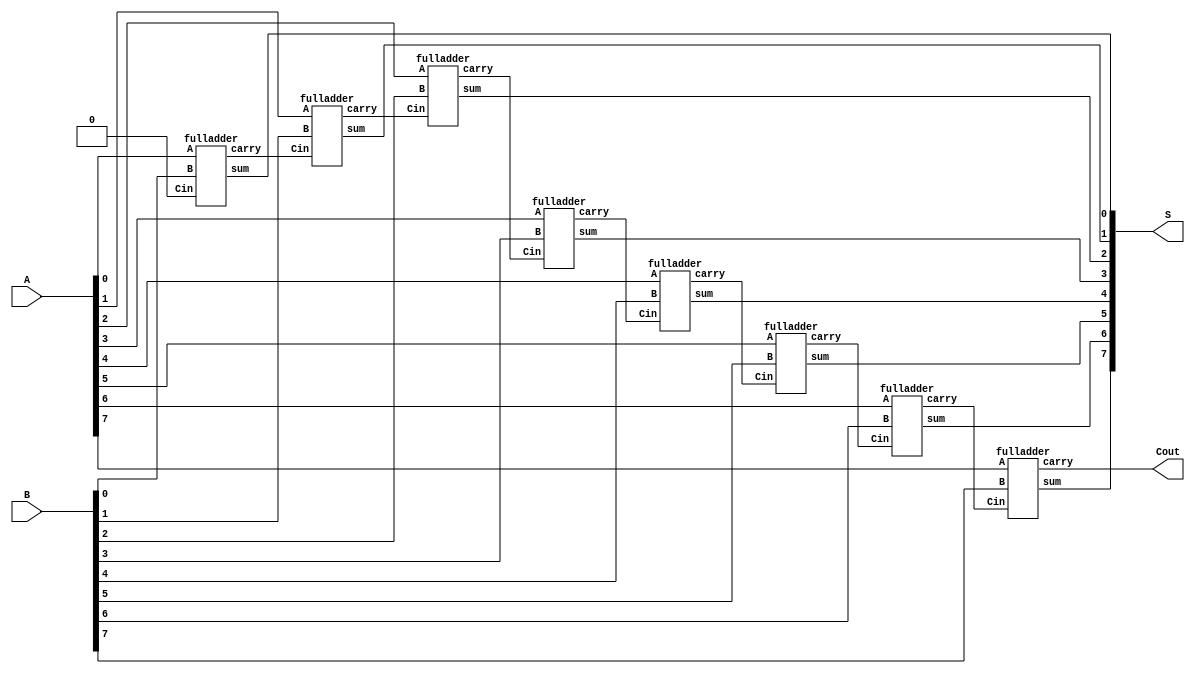
module ripple_carry_adder(
	input [7:0]A,
	input [7:0]B,
	output [7:0]S,
	output Cout);

wire C0,C1,C2,C3,C4,C5,C6;
fulladder FA0(A[0],B[0],1'b0,S[0],C0);
fulladder FA1(A[1],B[1],C0,S[1],C1);
fulladder FA2(A[2],B[2],C1,S[2],C2);
fulladder FA3(A[3],B[3],C2,S[3],C3);
fulladder FA4(A[4],B[4],C3,S[4],C4);
fulladder FA5(A[5],B[5],C4,S[5],C5);
fulladder FA6(A[6],B[6],C5,S[6],C6);
fulladder FA7(A[7],B[7],C6,S[7],Cout);

endmodule

//full adder
module fulladder(
	input A,
	input B,
	input Cin,
	output sum,
	output carry);

wire S1,C1,C2;
halfadder HA1(A,B,S1,C1);
halfadder HA2(S1,Cin,sum,C2);
assign carry = C1||C2;

endmodule


//Halfadder module
module halfadder(
	input a,
	input b,
	output wire sum,
	output wire carry);

assign sum = a^b;
assign carry = a&b;

endmodule